画像に写った文字を読んでください
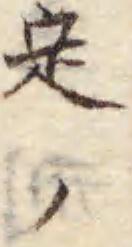
「定ノ」と書いてあります